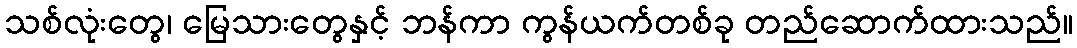
သစ်လုံးတွေ၊ မြေသားတွေနှင့် ဘန်ကာ ကွန်ယက်တစ်ခု တည်ဆောက်ထားသည်။